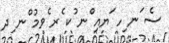
ސެ ަނ ިހ ަޔއި ްނ ުކ ެރ ެވމު ްނ ިދ